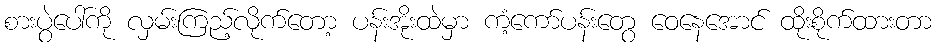
စားပွဲပေါ်ကို လှမ်းကြည့်လိုက်တော့ ပန်းအိုးထဲမှာ ကံ့ကော်ပန်းတွေ ဝေနေအောင် ထိုးစိုက်ထားတာ